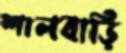
শালবাড়ি